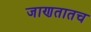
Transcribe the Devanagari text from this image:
जाणतातच